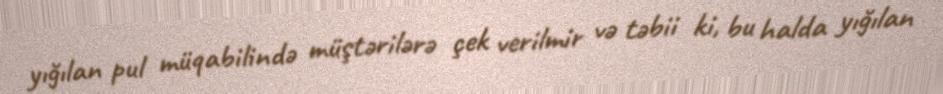
yığılan pul müqabilində müştərilərə çek verilmir və təbii ki, bu halda yığılan